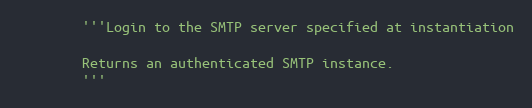
Language: Python
        '''Login to the SMTP server specified at instantiation

        Returns an authenticated SMTP instance.
        '''